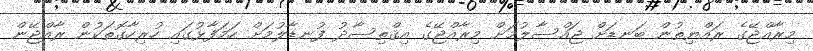
މިރާއްޖޭގެ ރައްޔިތުން ބަނޑަށް ޖައްސާލުމަށް މިރާއްޖޭގެ އިޤްތިސާދު ފުނޑާލުމަށް ހަމަފާޅުގައި ހުރިހާގޮތަކުން ރާއްޖޭން